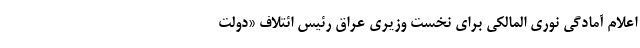
اعلام آمادگی نوری المالکی برای نخست ‌وزیری عراق رئیس ائتلاف «دولت